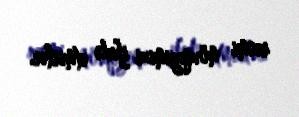
rəsmi mövqeyimizi ifadə etmirlər.